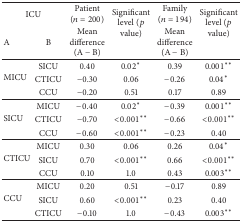
| <COLSPAN=2> ICU | Patient (n = 200) | <ROWSPAN=2> Significant level (p value) | Family (n = 194) | <ROWSPAN=2> Significant level (p value) |
 | A | B | Mean difference (A − B) | Mean difference (A − B) |
 | --- | --- | --- | --- | --- | --- |
 | <ROWSPAN=3> MICU | SICU | 0.40 | 0.02∗ | 0.39 | 0.001∗∗ |
 | CTICU | −0.30 | 0.06 | −0.26 | 0.04∗ |
 | CCU | −0.20 | 0.51 | 0.17 | 0.89 |
 | <ROWSPAN=3> SICU | MICU | −0.40 | 0.02∗ | −0.39 | 0.001∗∗ |
 | CTICU | −0.70 | <0.001∗∗ | −0.66 | <0.001∗∗ |
 | CCU | −0.60 | <0.001∗∗ | −0.23 | 0.40 |
 | <ROWSPAN=3> CTICU | MICU | 0.30 | 0.06 | 0.26 | 0.04∗ |
 | SICU | 0.70 | <0.001∗∗ | 0.66 | <0.001∗∗ |
 | CCU | 0.10 | 1.0 | 0.43 | 0.003∗∗ |
 | <ROWSPAN=3> CCU | MICU | 0.20 | 0.51 | −0.17 | 0.89 |
 | SICU | 0.60 | <0.001∗∗ | 0.23 | 0.40 |
 | CTICU | −0.10 | 1.0 | −0.43 | 0.003∗∗ |